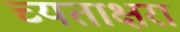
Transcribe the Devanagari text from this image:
च्यताक्षरा